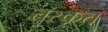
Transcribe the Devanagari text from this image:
तस्कृत